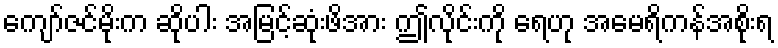
ကျော်ဇင်မိုးက ဆိုပါး အမြင့်ဆုံးဖိအား ဤလိုင်းကို ရေဟု အမေရိကန်အစိုးရ